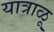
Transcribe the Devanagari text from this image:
यात्राळू